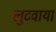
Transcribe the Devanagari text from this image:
लुटवाया